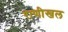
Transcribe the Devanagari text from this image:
राणीखल